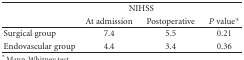
|  | <COLSPAN=2> NIHSS |  |
 |  | At admission | Postoperative | P value* |
 | --- | --- | --- | --- |
 | Surgical group | 7.4 | 5.5 | 0.21 |
 | Endovascular group | 4.4 | 3.4 | 0.36 |